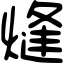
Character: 熢